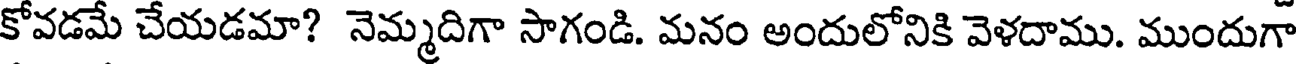
కోవడమే చేయడమా? నెమ్మదిగా సాగండి. మనం అందులోనికి వెళదాము. ముందుగా